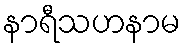
နာရီသဟနာမ